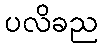
ပလိခည